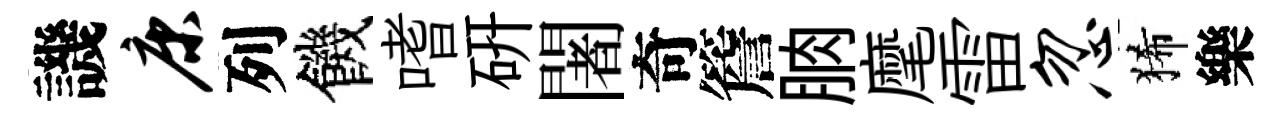
譏康列饑嗜硏闍奇簷朒麾雷忽狶樂